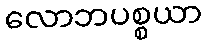
လောဘပစ္စယာ